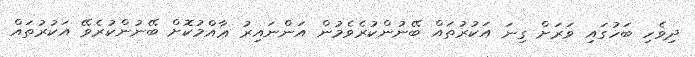
ދިވެހި ބަހުގައި ވަރަށް ގިނަ އަކުރުތައް ބޭނުންކުރެވެމުން އަންނައިރު ޢާއްމުކޮށް ބޭނުންކުރެވޭ އަކުރުތައް